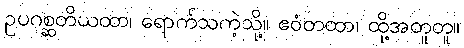
ဥပဂစ္ဆတိယထာ၊ ရောက်သကဲ့သို့။ ဧဝံတထာ၊ ထို့အတူတူ။